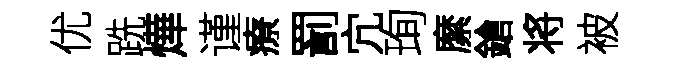
优跣燁谨療罰宂珣縻鎗将被